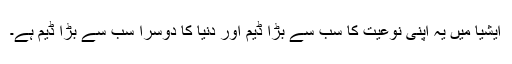
ایشیا میں یہ اپنی نوعیت کا سب سے بڑا ڈیم اور دنیا کا دوسرا سب سے بڑا ڈیم ہے۔